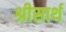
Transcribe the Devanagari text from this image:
श्रीसार्थ